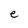
Character: e